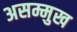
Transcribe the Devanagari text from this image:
असम्मुख